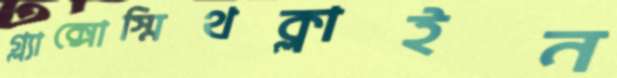
গ্ল্যাক্সোস্মিথক্লাইন